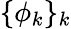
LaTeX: \{ \phi_{k}\} _{k}